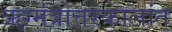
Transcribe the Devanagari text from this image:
ॠग्मंत्रोत्तरकालांत